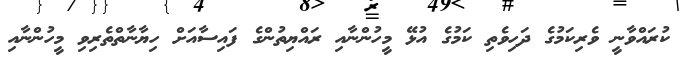
ކުރައްވާނީ ވެރިކަމުގެ ދަހިވެތި ކަމުގެ އުޅޭ މީހުންނާއި ރައްޔިތުންގެ ފައިސާއަށް ހިޔާނާތްތެރިވި މީހުންނާއި